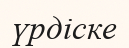
үрдіске